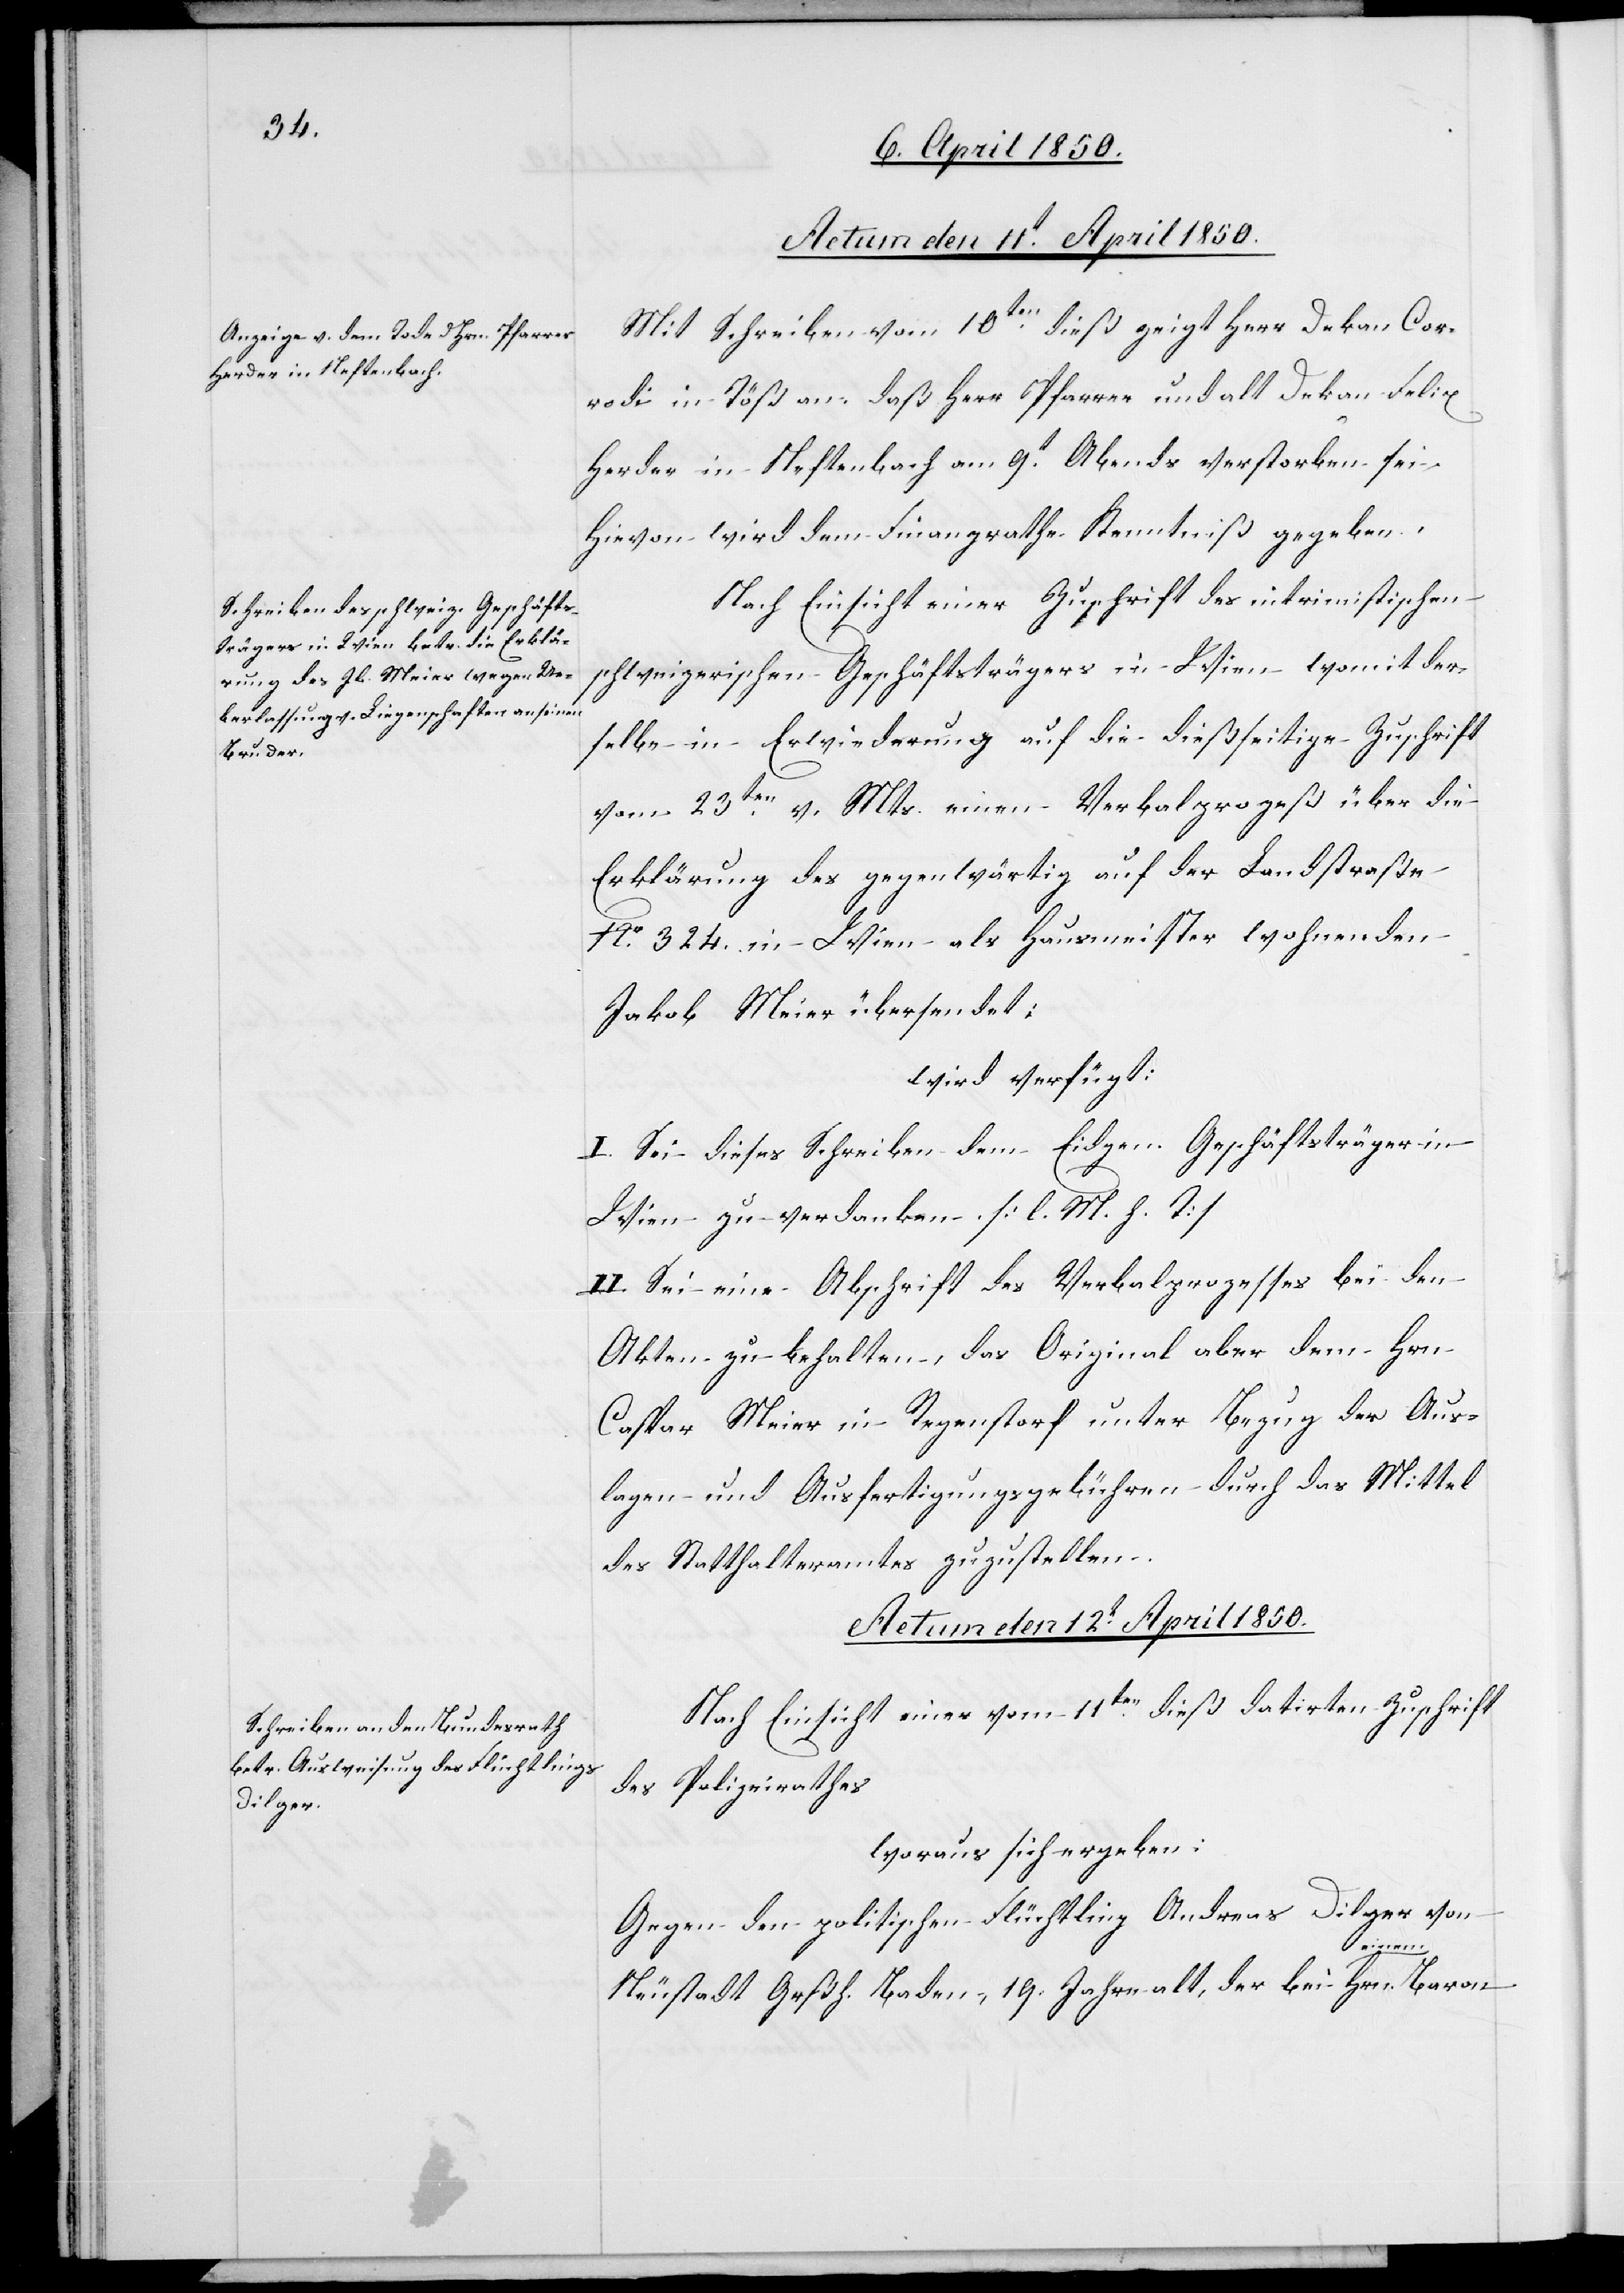
Actum den 12t April 1850.
Mit Schreiben vom 10ten dieß zeigt Herr Dekan Cor¬
rodi in Töß an, daß Herr Pfarrer und alt Dekan Felix
Herder in Neftenbach am 9t Abends verstorben sei,
Hievon wird dem Finanzrathe Kenntniß gegeben.
Nach Einsicht einer Zuschrift des intrimistischen
schweizerischen Geschäftsträgers in Wien womit der¬
selbe in Erwiederung auf die dießseitige Zuschrift
vom 23ten v. Mts. einen Verbalprozeß über die
Erklärung des gegenwärtig auf der Landstraße
No. 324. in Wien als Hausmeister wohnenden
Jakob Meier übersendet:
wird verfügt:
I. Sei dieses Schreiben dem Eidgen. Geschäftsträger in
Wien zu verdanken. [l. M. h. T]
II. Sei eine Abschrift des Verbalprozesses bei den
Akten zu behalten, das Original aber dem Hrn
Caspar Meier in Regenstorf unter Bezug der Aus¬
lagen und Ausfertigungsgebühren durch das Mittel
des Statthalteramtes zuzustellen.
Nach Einsicht einer vom 11ten dieß datirten Zuschrift
des Polizeirathes
woraus sich ergeben:
Gegen den politischen Flüchtling Andreas Dilger von
Neustadt Grßh. Baden, 19. Jahre alt, der bei einem Hrn.